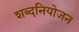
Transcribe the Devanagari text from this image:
शब्दनियोजन